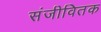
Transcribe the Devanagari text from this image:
संजीवितक